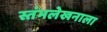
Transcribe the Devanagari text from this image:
स्तंभलेखनाला